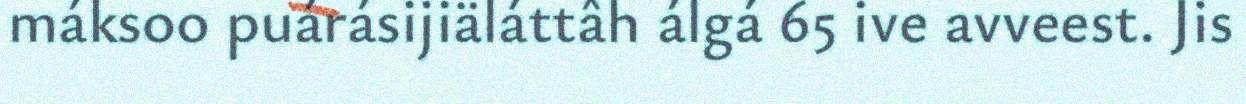
máksoo puárásijiäláttâh álgá 65 ive avveest. Jis